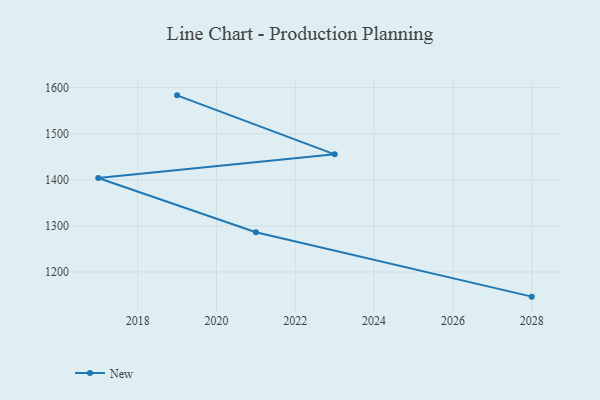
{"axis": {"x": "Year", "y": "Population (Million)"}, "legend": ["New"], "data": [{"x": "2019", "y": 1583.3, "type": "New"}, {"x": "2023", "y": 1455.2, "type": "New"}, {"x": "2017", "y": 1404.0, "type": "New"}, {"x": "2021", "y": 1286.2, "type": "New"}, {"x": "2028", "y": 1146.4, "type": "New"}]}